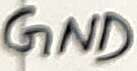
Text: GND